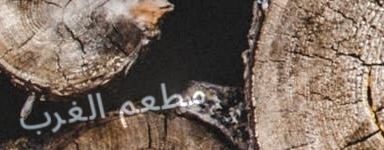
مطعم الغرب